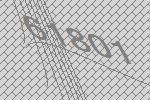
61801